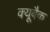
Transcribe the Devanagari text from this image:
क्यूबैक